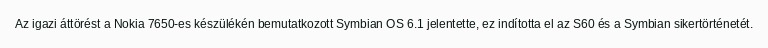
Az igazi áttörést a Nokia 7650-es készülékén bemutatkozott Symbian OS 6.1 jelentette, ez indította el az S60 és a Symbian sikertörténetét.